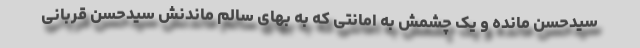
سیدحسن مانده و یک چشمش به امانتی که به بهای سالم ماندنش سیدحسن قربانی